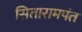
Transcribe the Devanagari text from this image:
सितारामपंत